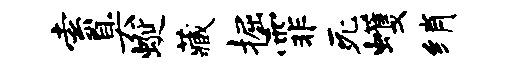
索臭蜒藏掘霏死蠖绡